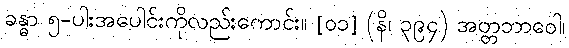
ခန္ဓာ ၅-ပါးအပေါင်းကိုလည်းကောင်း။ [၀၁] (နိ၊ ၃၉၄) အတ္တဘာဝေါ၊